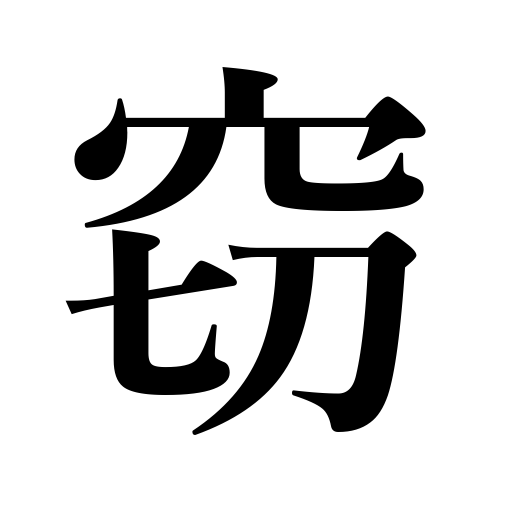
Meanings: steal